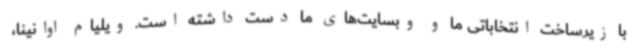
با زیرساخت انتخاباتی ما و وبسایت‌های ما دست داشته است. ویلیام اوانینا،